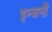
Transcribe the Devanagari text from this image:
इन्जनों